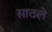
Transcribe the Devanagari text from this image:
साठले